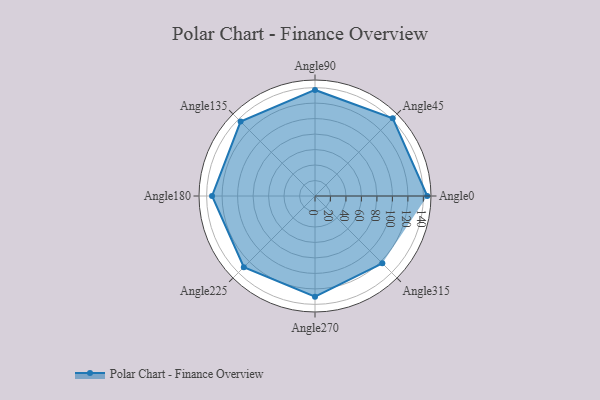
{"axis": {"x": "Angle", "y": "Radius"}, "legend": [""], "data": [{"x": "Angle0", "y": 145.0, "type": ""}, {"x": "Angle45", "y": 142.0, "type": ""}, {"x": "Angle90", "y": 137.0, "type": ""}, {"x": "Angle135", "y": 136.0, "type": ""}, {"x": "Angle180", "y": 133.0, "type": ""}, {"x": "Angle225", "y": 130.0, "type": ""}, {"x": "Angle270", "y": 130.0, "type": ""}, {"x": "Angle315", "y": 123.0, "type": ""}]}